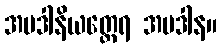
အပဒါနိယတ္ထေရ အပဒါန။